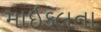
માઇકલના